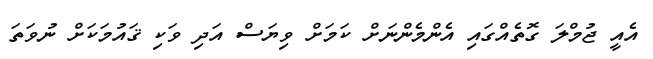
އެއީ ޖުމްލަ ގޮތެއްގައި އެންމެންނަށް ކަމަށް ވިޔަސް އަދި ވަކި ޤައުމަކަށް ނުވަތަ